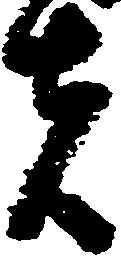
者